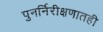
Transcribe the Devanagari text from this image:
पुनर्निरीक्षणातही